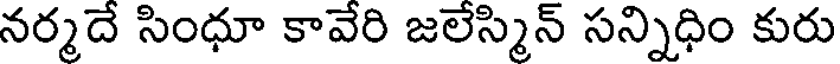
నర్మదే సింధూ కావేరి జలేస్మిన్ సన్నిధిం కురు